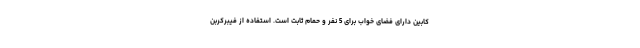
کابین دارای فضای خواب برای 5 نفر و حمام ثابت است. استفاده از فیبرکربن